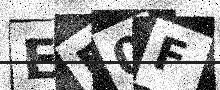
Text: EP0F